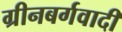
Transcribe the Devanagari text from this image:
ग्रीनबर्गवादी